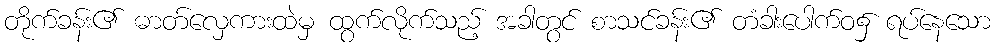
တိုက်ခန်း၏ ဓာတ်လှေကားထဲမှ ထွက်လိုက်သည့် အခါတွင် စာသင်ခန်း၏ တံခါးပေါက်ဝ၌ ရပ်နေသော